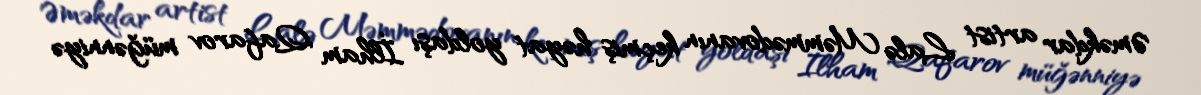
Əməkdar artist Lalə Məmmədovanın keçmiş həyat yoldaşı İlham Qafarov müğənniyə